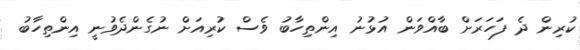
ކުރިން ދެ ފަހަރަށް ބާއްވަން އުޅުނު އިންތިހާބު ވެސް ކުރިއަށް ނުގެންދެވުނީ އިންތިހާބު